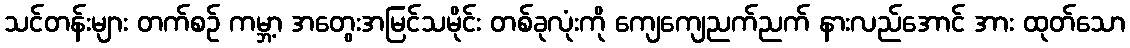
သင်တန်းများ တက်စဉ် ကမ္ဘာ့ အတွေးအမြင်သမိုင်း တစ်ခုလုံးကို ကျေကျေညက်ညက် နားလည်အောင် အား ထုတ်သော